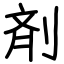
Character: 剤